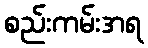
စည်းကမ်းအရ